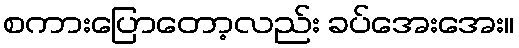
စကားပြောတော့လည်း ခပ်အေးအေး။